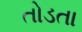
તોડતા